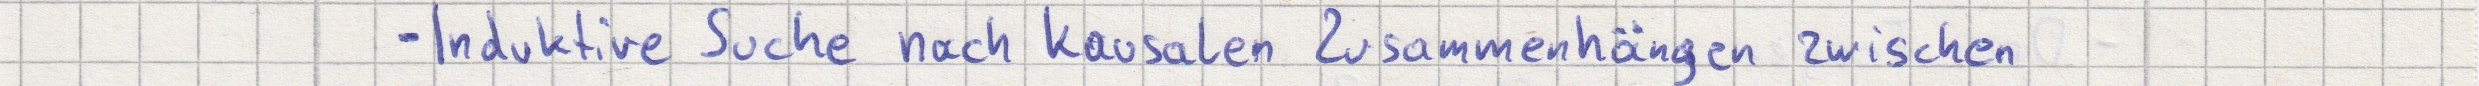
- Induktive Suche nach kausalen Zusammenhängen zwischen